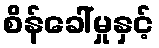
စိန်ခေါ်မှုနှင့်